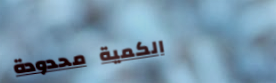
الكمية محدودة